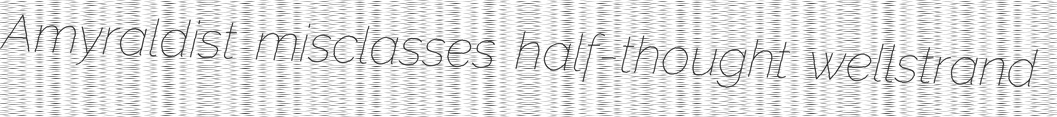
Amyraldist misclasses half-thought wellstrand